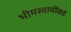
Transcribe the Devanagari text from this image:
भीमस्वामींकडे